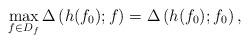
LaTeX: \begin{align*} \max\limits_{f\in D_f}\Delta\left(h(f_0);f\right)=\Delta\left(h(f_0);f_0\right),\end{align*}